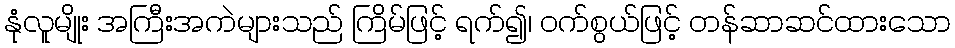
နုံလူမျိုး အကြီးအကဲများသည် ကြိမ်ဖြင့် ရက်၍၊ ဝက်စွယ်ဖြင့် တန်ဆာဆင်ထားသော